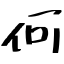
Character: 何